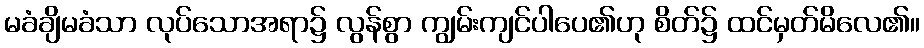
မခံချိမခံသာ လုပ်သောအရာ၌ လွန်စွာ ကျွမ်းကျင်ပါပေ၏ဟု စိတ်၌ ထင်မှတ်မိလေ၏။